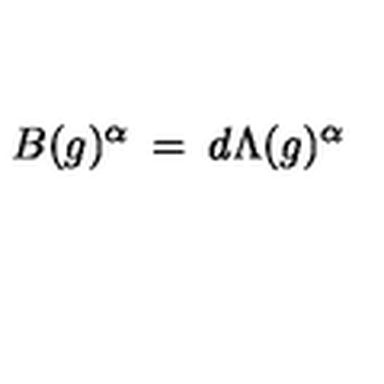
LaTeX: B ( g ) ^ { \alpha } \: = \: d \Lambda ( g ) ^ { \alpha }